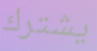
يشترك